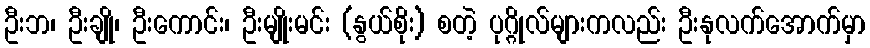
ဦးဘ၊ ဦးချို၊ ဦးကောင်း၊ ဦးမျိုးမင်း (နွယ်စိုး) စတဲ့ ပုဂ္ဂိုလ်များကလည်း ဦးနုလက်အောက်မှာ